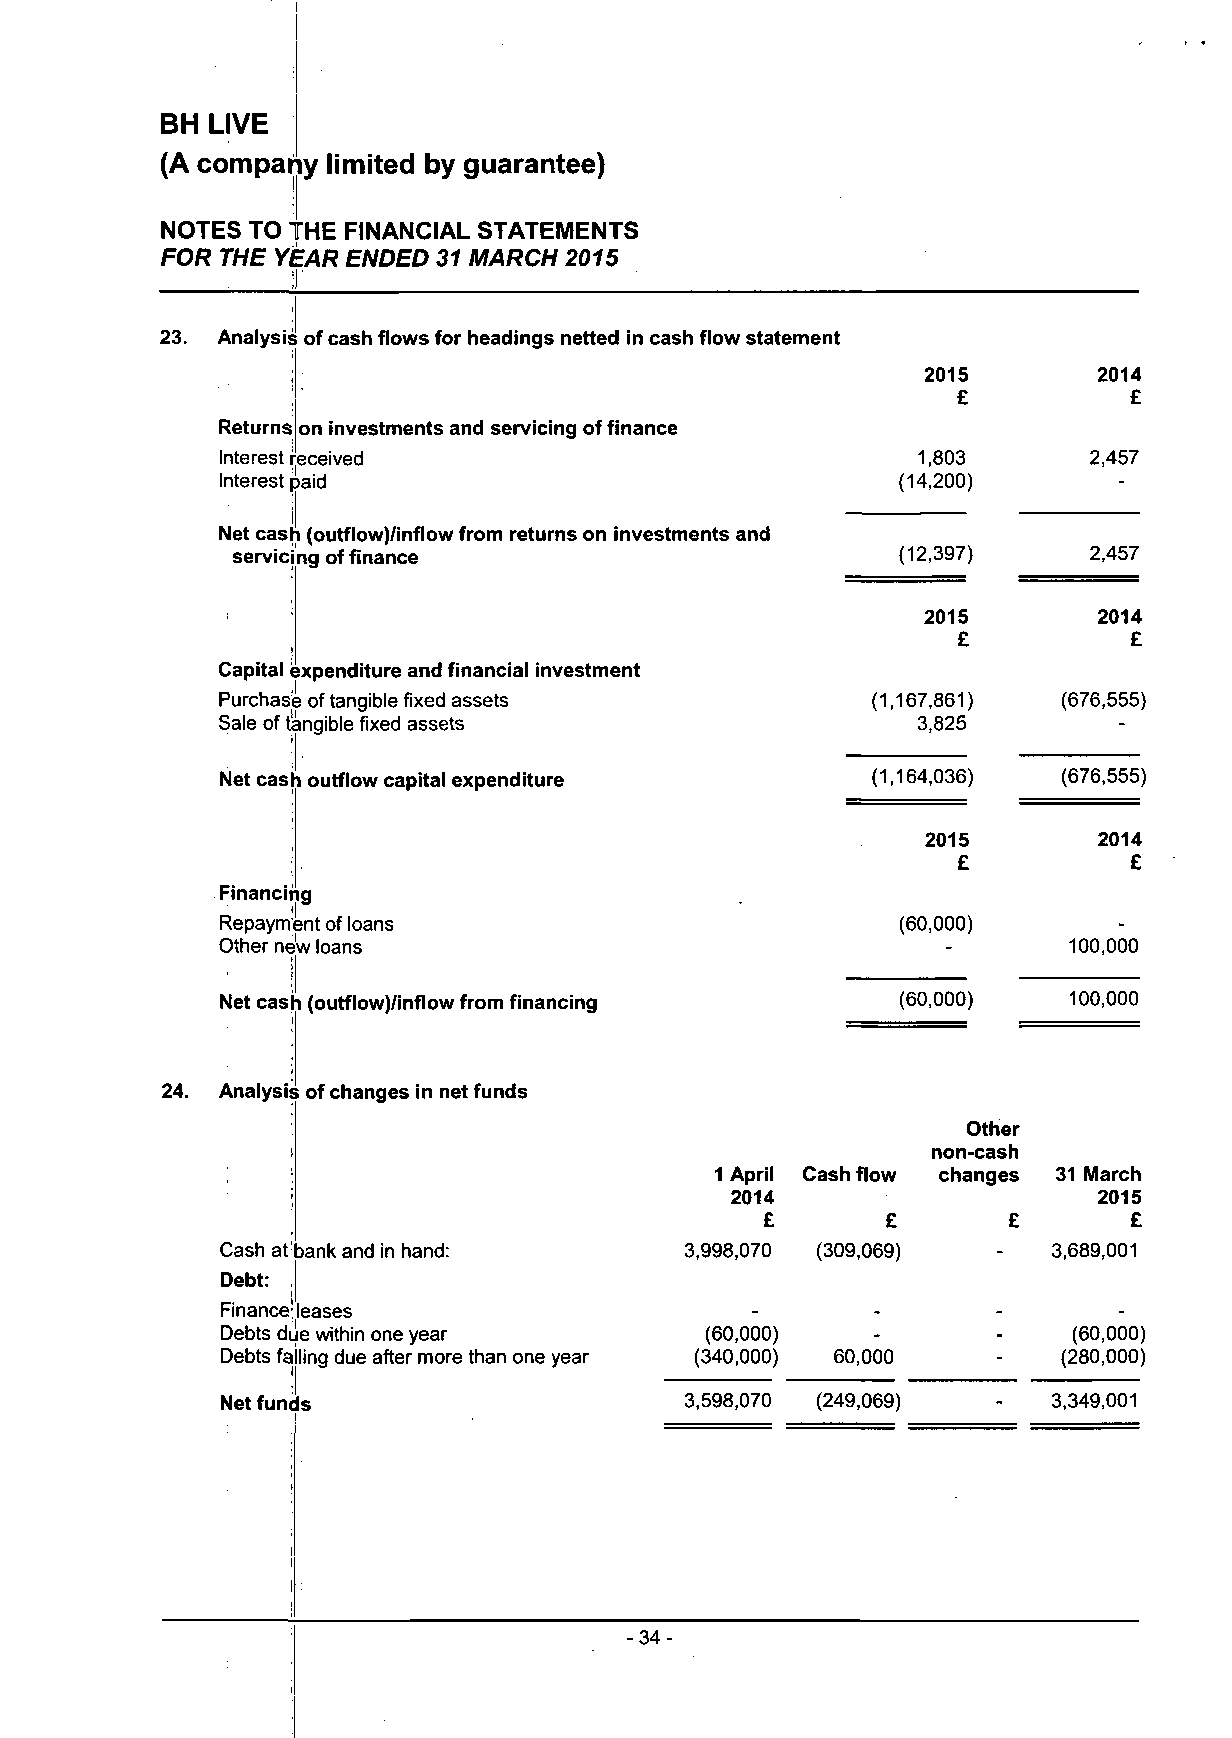
I
 BH LIVE
 (A company limited by guarantee)
 il
 NOTES TO THE FINANCIAL STATEMENTS
 FOR THE YEAR ENDED 31 MARCH 2015
 23. Analysis of cash flows for headings netted in cash flow statement
 2015        2014
 £           £
 Returns on investments and servicing of finance
 Interest received                             1,803      2,457
 Interest paid                               (14,200)
 Net cash (outflow)/inflow from returns on investments and
 servicing of finance                        (12,397)     2,457
 2015        2014
 £           £
 Capital expenditure and financial investment
 Purchase of tangible fixed assets           (1,167,861) (676,555)
 Sale of tangible fixed assets                  3,825
 Net cash outflow capital expenditure       (1,164,036) (676,555)
 2015        2014
 £           £
 Financing
 Repayment of loans                           (60,000)
 Other new loans                                          100,000
 Net cash (outflow)/inflow from financing     (60,000)   100,000
 24. Analysis of changes in net funds
 Other
 non-cash
 1 April Cash flow changes 31 March
 2014                     2015
 £       £       £       £
 Cash at bank and in hand:     3,998,070 (309,069)      3,689,001
 Debt:
 Finance'leases
 Debts due within one year       (60,000)                (60,000)
 Debts falling due after more than one year (340,000) 60,000 (280,000)
 Net funds                     3,598,070 (249,069)      3,349,001
 -34-